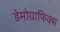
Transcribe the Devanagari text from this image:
डेमोग्राफिक्स